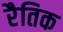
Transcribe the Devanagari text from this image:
रैतिक